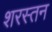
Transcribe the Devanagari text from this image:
शरस्तन